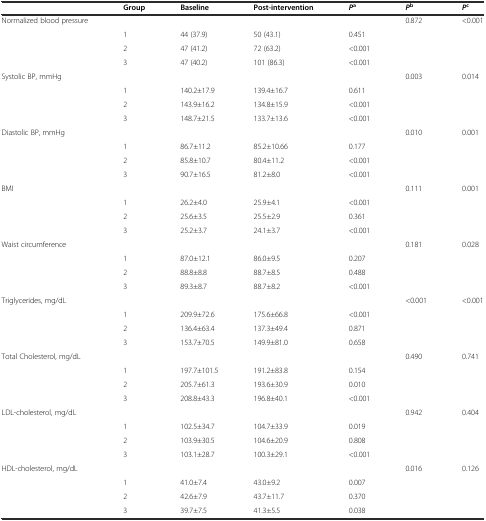
<table><thead><tr><td></td><td><b>Group</b></td><td><b>Baseline</b></td><td><b>Post-intervention</b></td><td><b><i>P</i><sup>a</sup></b></td><td><b><i>P</i><sup>b</sup></b></td><td><b><i>P</i><sup>c</sup></b></td></tr></thead><tbody><tr><td>Normalized blood pressure</td><td></td><td></td><td></td><td></td><td>0.872</td><td>&lt;0.001</td></tr><tr><td></td><td>1</td><td>44 (37.9)</td><td>50 (43.1)</td><td>0.451</td><td></td><td></td></tr><tr><td></td><td>2</td><td>47 (41.2)</td><td>72 (63.2)</td><td>&lt;0.001</td><td></td><td></td></tr><tr><td></td><td>3</td><td>47 (40.2)</td><td>101 (86.3)</td><td>&lt;0.001</td><td></td><td></td></tr><tr><td>Systolic BP, mmHg</td><td></td><td></td><td></td><td></td><td>0.003</td><td>0.014</td></tr><tr><td></td><td>1</td><td>140.2±17.9</td><td>139.4±16.7</td><td>0.611</td><td></td><td></td></tr><tr><td></td><td>2</td><td>143.9±16.2</td><td>134.8±15.9</td><td>&lt;0.001</td><td></td><td></td></tr><tr><td></td><td>3</td><td>148.7±21.5</td><td>133.7±13.6</td><td>&lt;0.001</td><td></td><td></td></tr><tr><td>Diastolic BP, mmHg</td><td></td><td></td><td></td><td></td><td>0.010</td><td>0.001</td></tr><tr><td></td><td>1</td><td>86.7±11.2</td><td>85.2±10.66</td><td>0.177</td><td></td><td></td></tr><tr><td></td><td>2</td><td>85.8±10.7</td><td>80.4±11.2</td><td>&lt;0.001</td><td></td><td></td></tr><tr><td></td><td>3</td><td>90.7±16.5</td><td>81.2±8.0</td><td>&lt;0.001</td><td></td><td></td></tr><tr><td>BMI</td><td></td><td></td><td></td><td></td><td>0.111</td><td>0.001</td></tr><tr><td></td><td>1</td><td>26.2±4.0</td><td>25.9±4.1</td><td>&lt;0.001</td><td></td><td></td></tr><tr><td></td><td>2</td><td>25.6±3.5</td><td>25.5±2.9</td><td>0.361</td><td></td><td></td></tr><tr><td></td><td>3</td><td>25.2±3.7</td><td>24.1±3.7</td><td>&lt;0.001</td><td></td><td></td></tr><tr><td>Waist circumference</td><td></td><td></td><td></td><td></td><td>0.181</td><td>0.028</td></tr><tr><td></td><td>1</td><td>87.0±12.1</td><td>86.0±9.5</td><td>0.207</td><td></td><td></td></tr><tr><td></td><td>2</td><td>88.8±8.8</td><td>88.7±8.5</td><td>0.488</td><td></td><td></td></tr><tr><td></td><td>3</td><td>89.3±8.7</td><td>88.7±8.2</td><td>&lt;0.001</td><td></td><td></td></tr><tr><td>Triglycerides, mg/dL</td><td></td><td></td><td></td><td></td><td>&lt;0.001</td><td>&lt;0.001</td></tr><tr><td></td><td>1</td><td>209.9±72.6</td><td>175.6±66.8</td><td>&lt;0.001</td><td></td><td></td></tr><tr><td></td><td>2</td><td>136.4±63.4</td><td>137.3±49.4</td><td>0.871</td><td></td><td></td></tr><tr><td></td><td>3</td><td>153.7±70.5</td><td>149.9±81.0</td><td>0.658</td><td></td><td></td></tr><tr><td>Total Cholesterol, mg/dL</td><td></td><td></td><td></td><td></td><td>0.490</td><td>0.741</td></tr><tr><td></td><td>1</td><td>197.7±101.5</td><td>191.2±83.8</td><td>0.154</td><td></td><td></td></tr><tr><td></td><td>2</td><td>205.7±61.3</td><td>193.6±30.9</td><td>0.010</td><td></td><td></td></tr><tr><td></td><td>3</td><td>208.8±43.3</td><td>196.8±40.1</td><td>&lt;0.001</td><td></td><td></td></tr><tr><td>LDL-cholesterol, mg/dL</td><td></td><td></td><td></td><td></td><td>0.942</td><td>0.404</td></tr><tr><td></td><td>1</td><td>102.5±34.7</td><td>104.7±33.9</td><td>0.019</td><td></td><td></td></tr><tr><td></td><td>2</td><td>103.9±30.5</td><td>104.6±20.9</td><td>0.808</td><td></td><td></td></tr><tr><td></td><td>3</td><td>103.1±28.7</td><td>100.3±29.1</td><td>&lt;0.001</td><td></td><td></td></tr><tr><td>HDL-cholesterol, mg/dL</td><td></td><td></td><td></td><td></td><td>0.016</td><td>0.126</td></tr><tr><td></td><td>1</td><td>41.0±7.4</td><td>43.0±9.2</td><td>0.007</td><td></td><td></td></tr><tr><td></td><td>2</td><td>42.6±7.9</td><td>43.7±11.7</td><td>0.370</td><td></td><td></td></tr><tr><td></td><td>3</td><td>39.7±7.5</td><td>41.3±5.5</td><td>0.038</td><td></td><td></td></tr></tbody></table>